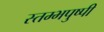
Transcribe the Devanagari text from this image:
स्तम्भपुष्पी